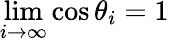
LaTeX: \operatorname*{lim}_{i\rightarrow\infty}\cos\theta_{i}=1